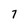
Character: 7